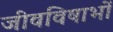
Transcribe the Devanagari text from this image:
जीवविषाभों